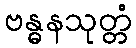
ဗန္ဓနသုတ္တံ